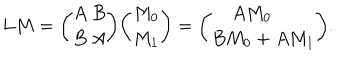
L M = { \binom { A \ B } { B \ A } } { \binom { M _ { 0 } } { M _ { 1 } } } = { \binom { A M _ { 0 } \ \quad } { B M _ { 0 } + A M _ { 1 } } } .